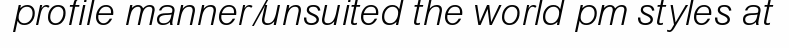
profile manner/unsuited the world pm styles at